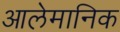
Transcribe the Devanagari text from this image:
आलेमानिक